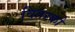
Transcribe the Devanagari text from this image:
वितरको